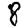
Digit: 8